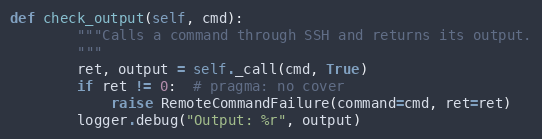
Language: Python
def check_output(self, cmd):
        """Calls a command through SSH and returns its output.
        """
        ret, output = self._call(cmd, True)
        if ret != 0:  # pragma: no cover
            raise RemoteCommandFailure(command=cmd, ret=ret)
        logger.debug("Output: %r", output)